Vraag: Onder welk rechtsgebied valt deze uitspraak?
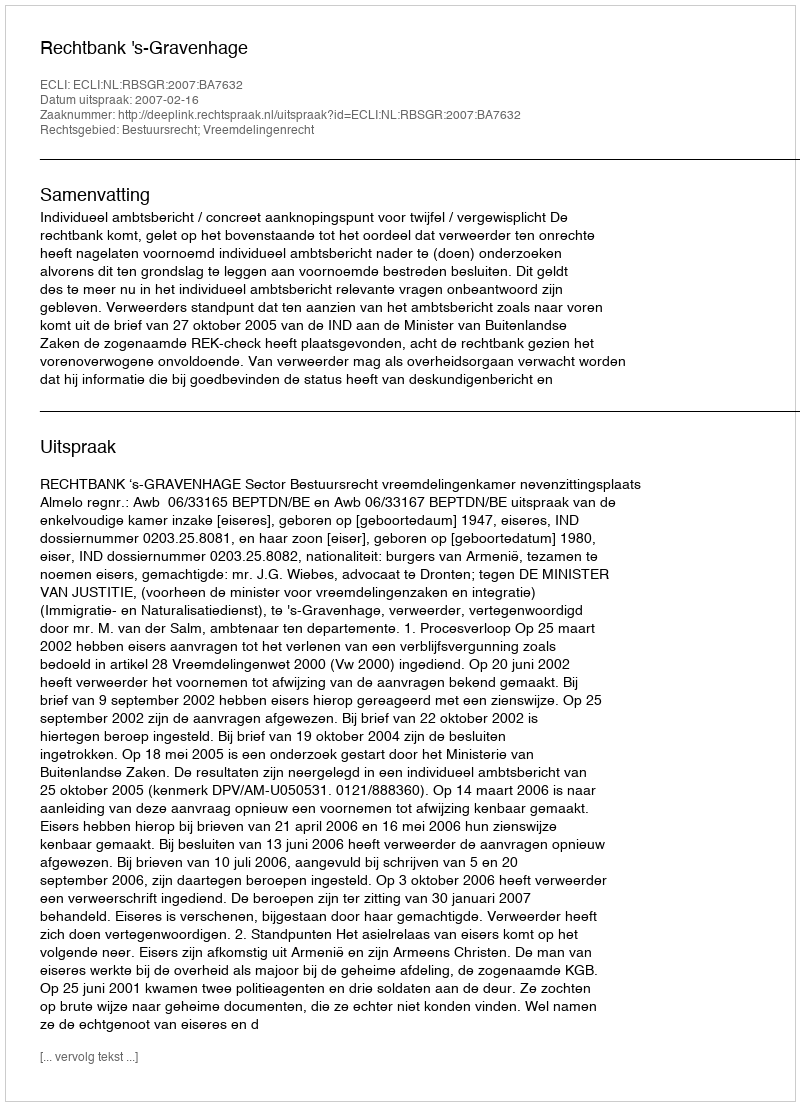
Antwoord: Bestuursrecht; Vreemdelingenrecht